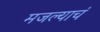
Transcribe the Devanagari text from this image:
मजल्याचं